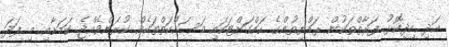
އަދި އިދިކޮޅު ފަރާތްތަކުން ރައްޔިތުންގެ ހައްގަށްޓަކައި މަސައްކަތްތަކެއް ކުރަންވެއްޖެ ކަމަށާއި މި ފަދަ